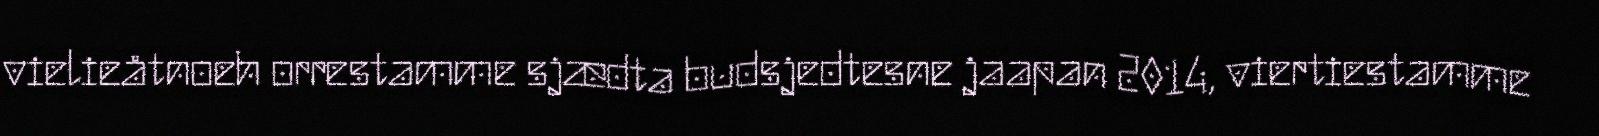
vielieåtnoeh orrestamme sjædta budsjedtesne jaapan 2014, viertiestamme